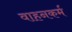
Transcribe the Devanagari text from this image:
वाहनकर्म